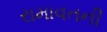
રામાવતની